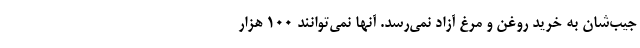
جیب‌شان به خرید روغن و مرغ آزاد نمی‌رسد. آنها نمی‌توانند 100 هزار